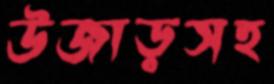
উজাড়সহ